Eesti_Vabariigi_Tartu_Ulikool, lk 105
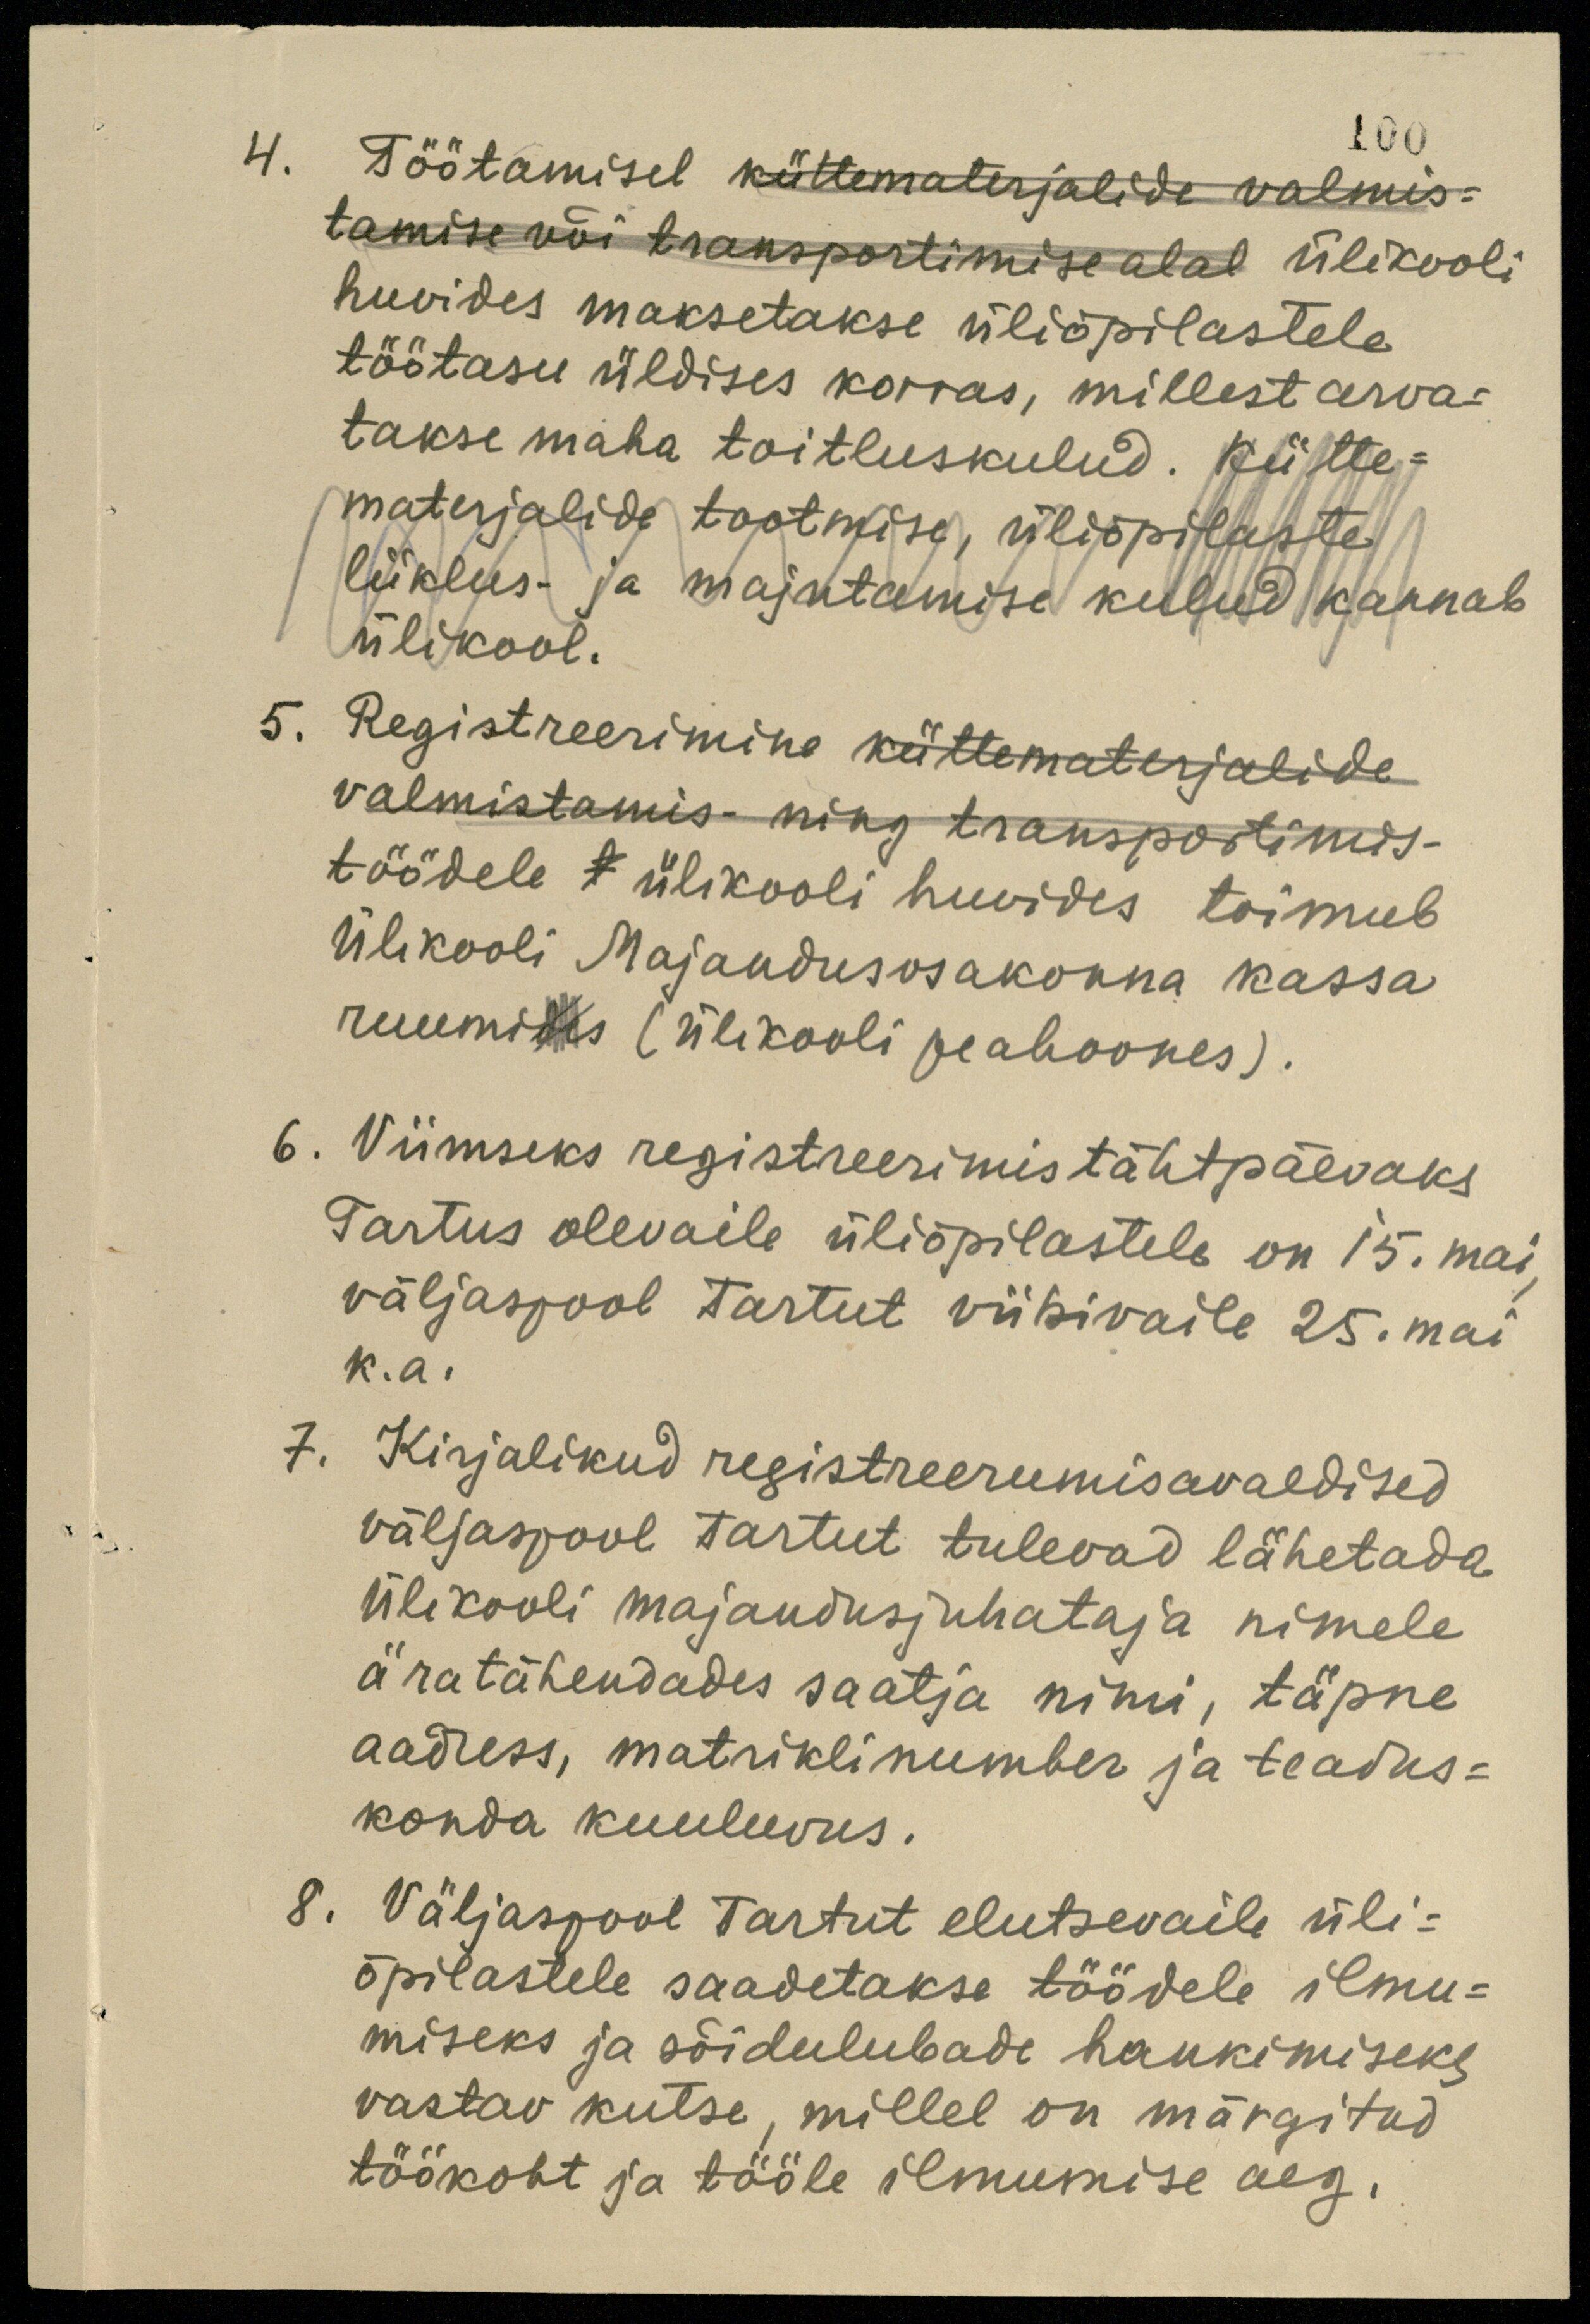
100
4. Töötamisel küttematerjalide valmis-
tamise või transportimise alal ülikooli
huvides maksetakse üliõpilastele
töötasu üldises korras, millest arva-
takse maha toitluskulud. Kütte-
materjalide tootmise, üliõpilaste
liiklus- ja majutamise kulud kannab
ülikool.
5. Registreerimine küttematerjalide
valmistamis- ning transportimis-
töödele t ülikooli huvides toimub
Ülikooli Majandusosakonna kassa
ruumides (ülikooli peahoones).
6. Viimseks registreerimistähtpäevaks
Tartus olevaile üliõpilastele on 15. mai
väljaspool Tartut viibivaile 25. mai
k. a.
7. Kirjalikud registreerimisavaldised
väljaspool Tartut tulevad lähetada
ülikooli majandusjuhataja nimele
äratähendades saatja nimi, täpne
aadress, matriklinumber ja teadus-
konda kuuluvus.
8. Väljaspool Tartut elutsevaile üli-
õpilastele saadetakse töödele ilmu-
miseks ja sõidulubade hankimiseks
vastav kutse, millel on märgitud
töökoht ja tööle ilmumise aeg.